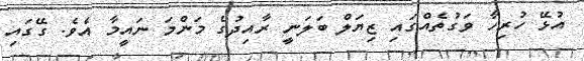
އުޅޭ ހުރިހާ ވަގުތެއްގައި ޒިޔަލް ބަލަނީ ރާއިދުގެ މަންމަ ނައީމާ އެވެ. ގޭގައި